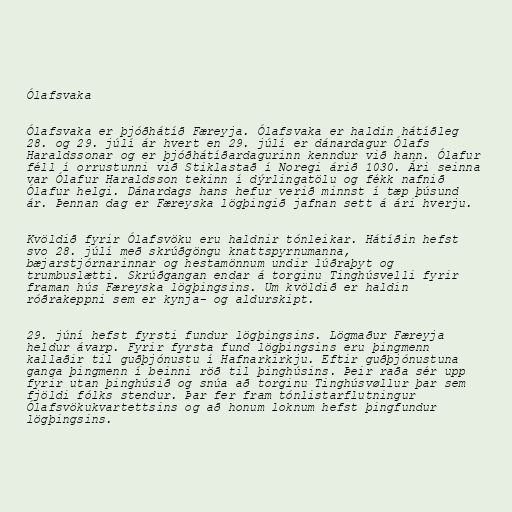
Ólafsvaka

Ólafsvaka er þjóðhátíð Færeyja. Ólafsvaka er haldin hátíðleg
28. og 29. júlí ár hvert en 29. júlí er dánardagur Ólafs
Haraldssonar og er þjóðhátíðardagurinn kenndur við hann. Ólafur
féll í orrustunni við Stiklastað í Noregi árið 1030. Ári seinna
var Ólafur Haraldsson tekinn í dýrlingatölu og fékk nafnið
Ólafur helgi. Dánardags hans hefur verið minnst í tæp þúsund
ár. Þennan dag er Færeyska lögþingið jafnan sett á ári hverju.

Kvöldið fyrir Ólafsvöku eru haldnir tónleikar. Hátíðin hefst
svo 28. júlí með skrúðgöngu knattspyrnumanna,
bæjarstjórnarinnar og hestamönnum undir lúðraþyt og
trumbuslætti. Skrúðgangan endar á torginu Tinghúsvelli fyrir
framan hús Færeyska lögþingsins. Um kvöldið er haldin
róðrakeppni sem er kynja- og aldurskipt.

29. júní hefst fyrsti fundur lögþingsins. Lögmaður Færeyja
heldur ávarp. Fyrir fyrsta fund lögþingsins eru þingmenn
kallaðir til guðþjónustu í Hafnarkirkju. Eftir guðþjónustuna
ganga þingmenn í beinni röð til þinghúsins. Þeir raða sér upp
fyrir utan þinghúsið og snúa að torginu Tinghúsvøllur þar sem
fjöldi fólks stendur. Þar fer fram tónlistarflutningur
Ólafsvökukvartettsins og að honum loknum hefst þingfundur
lögþingsins.